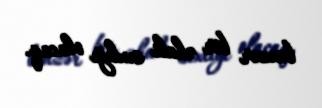
bənzər bir əhali sıxlığı olacaq.